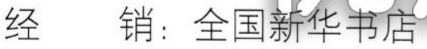
经\  销：全国新华书店